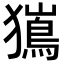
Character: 𭸯